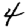
Digit: 4